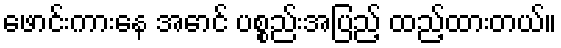
ဖောင်းကားနေ အောင် ပစ္စည်းအပြည့် ထည့်ထားတယ်။